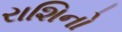
રાશિનો